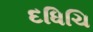
દધિચિ